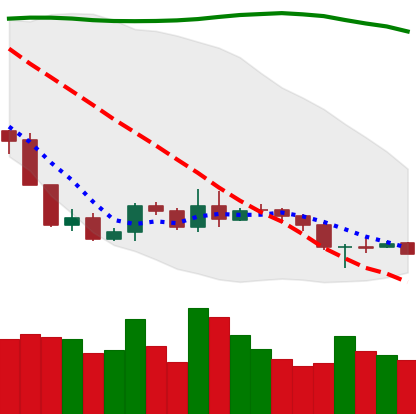
Ticker: BNB-USD
Chart end date: 2019-09-15
Forward return: 3.75%
Label: up_3_5